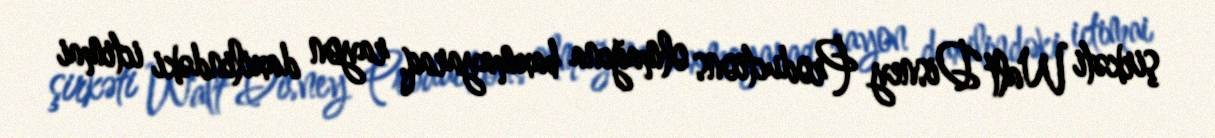
şirkəti Walt Disney Productions olmağına baxmayaraq, rayon daxilindəki ictimai